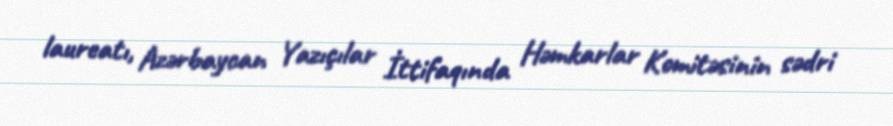
laureatı, Azərbaycan Yazıçılar İttifaqında Həmkarlar Komitəsinin sədri